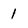
Character: 1